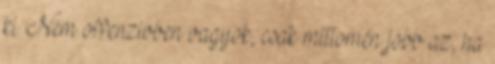
ki. Nem offenzivben vagyok, csak mittomén jobb az, ha